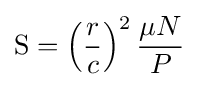
\mathrm {S} =\left({\frac {r}{c}}\right)^{2}{\frac {\mu N}{P}}